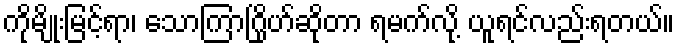
ကိုမျိုးမြင့်ရာ၊ သောကြာဂြိုဟ်ဆိုတာ ရမက်လို့ ယူရင်လည်းရတယ်။